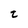
Character: t